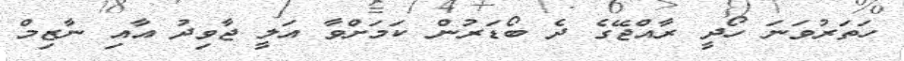
ހަތަރުވަނަ ހޯދީ ރާއްޖޭގެ ދެ ބޯޑަރުން ކަމަށްވާ އަލީ ޖާވިދު އާއި ނާޒިމް